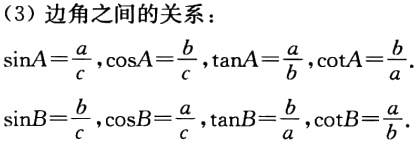
（3）边角之间的关系：

\(\sin A=\frac{a}{c},\cos A=\frac{b}{c},\tan A=\frac{a}{b},\cot A=\frac{b}{a}\).

\(\sin B=\frac{b}{c},\cos B=\frac{a}{c},\tan B=\frac{b}{a},\cot B=\frac{a}{b}\).